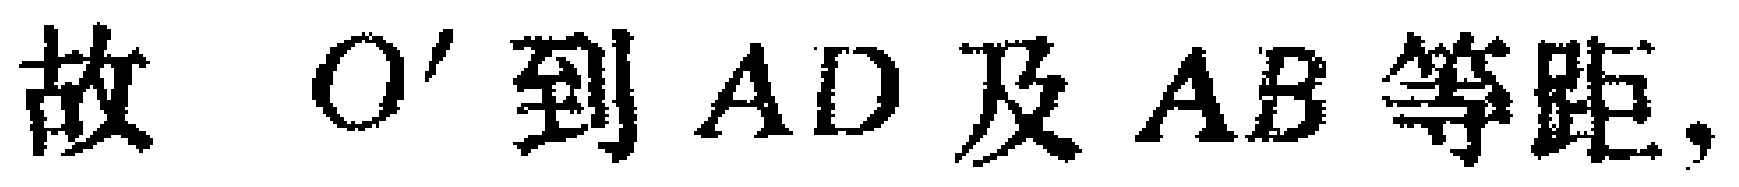
故 \(O'\) 到 \(AD\) 及 \(AB\) 等距，